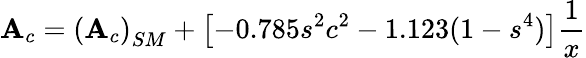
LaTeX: {\cal\mathbf{A}}_{c}=\left({\cal\mathbf{A}}_{c}\right)_{SM}+\left[-0.785s^{2}c^{2}-1.123(1-s^{4})\right]{\frac{{1}}{{x}}}